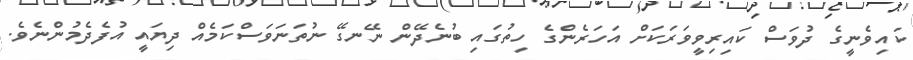
ކައިވެނީގެ ދުވަސް ކައިރިވީވަރަކަށް އަހަރެންގެ ހިތުގައި ބުނެދޭން ނޭނގޭ ނުތަނަވަސްކަމެއް ދިޔައީ އުފެދެމުންނެވެ.